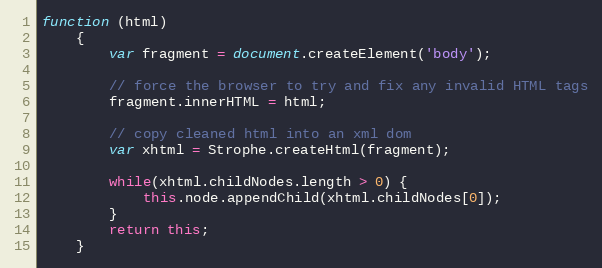
Language: JavaScript
function (html)
    {
        var fragment = document.createElement('body');

        // force the browser to try and fix any invalid HTML tags
        fragment.innerHTML = html;

        // copy cleaned html into an xml dom
        var xhtml = Strophe.createHtml(fragment);

        while(xhtml.childNodes.length > 0) {
            this.node.appendChild(xhtml.childNodes[0]);
        }
        return this;
    }